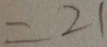
= 2 1